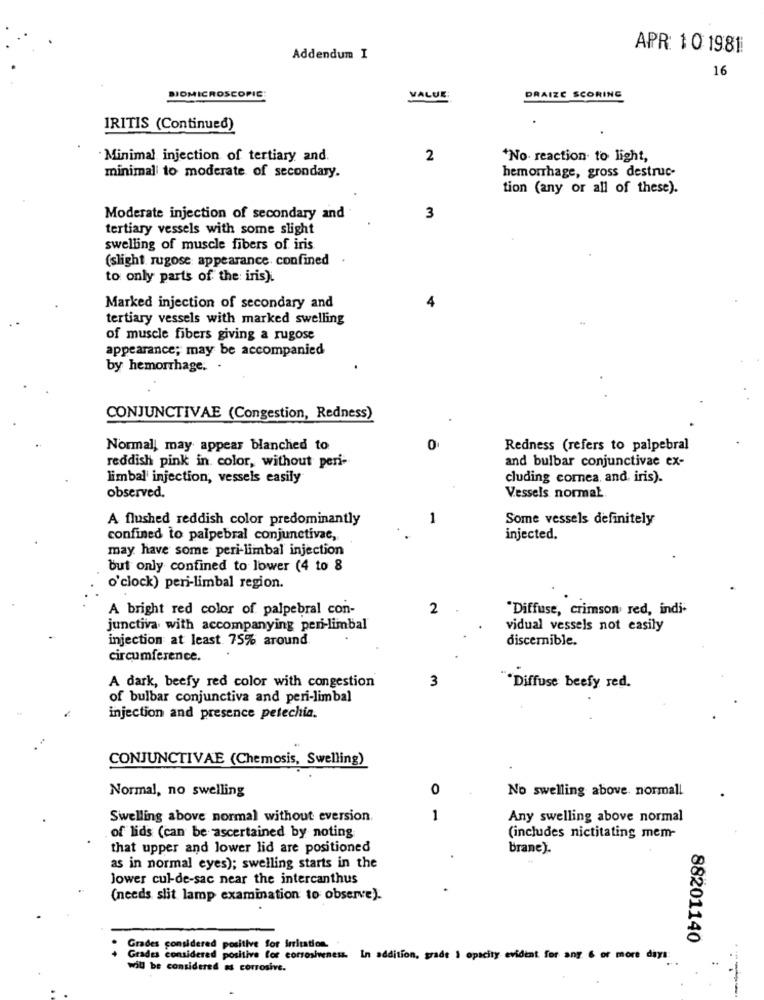
APR: 10 1981
Addendum I
16
BIOMICROSCOPIC
VALUE
DRAIZE SCORING
IRITIS (Continued)
Minimal injection of tertiary and.
2
*No reaction to light,
minimal to moderate of secondary.
hemorrhage, gross destruc-
tion (any or all of these).
Moderate injection of secondary and
3
tertiary vessels with some slight
swelling of muscle fibers of iris
(slight rugose appearance confined
to only parts of the: iris).
Marked injection of secondary and
4
tertiary vessels with marked swelling
of muscle fibers giving a rugose
appearance; may be accompanied
by hemorrhage. .
CONJUNCTIVAE (Congestion, Redness)
Normal, may appear blanched to
0
Redness (refers to palpebral
and bulbar conjunctivae ex-
reddish pink in color, without peri-
limbal injection, vessels easily
cluding comea. and iris).
observed.
Vessels normal
A flushed reddish color predominantly
1
Some vessels definitely
confined to palpebral conjunctivae,
injected.
may have some peri-limbal injection
but only confined to lower (4 to 8
o'clock) peri-limbal region.
A bright red color of palpebral con-
2
"Diffuse, crimson red, indi-
junctiva with accompanying peri-limbal
vidual vessels not easily
injection at least 75% around.
discernible.
circumference.
3
A dark, beefy red color with congestion
"Diffuse beefy red.
of bulbar conjunctiva and peri-limbal
injection and presence petechia.
CONJUNCTIVAE (Chemosis, Swelling)
Normal, no swelling
0
No swelling above. normall
Swelling above normal without eversion.
1
Any swelling above normal
of lids (can be ascertained by noting
(includes nictitating mem-
that upper and lower lid are positioned
brane).
as in normal eyes); swelling starts in the
Jower cul-de-sac near the intercanthus
(needs slit lamp examination to observe).
88201140
Grades considered positive for irritation.
Grades considered positive for corsosiveness.
In addition, grade , opacity evidint for any 6 or more days:
will be considered as corrosive.